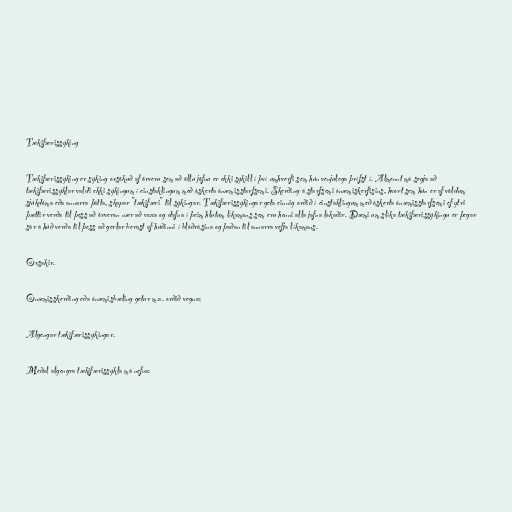
Tækifærissýking

Tækifærissýking er sýking orsökuð af örveru sem að öllu jöfnu er ekki sýkill í því umhverfi sem hún venjulega þrífst í. Almennt má segja að
tækifærissýklar valdi ekki sýkingum í einstaklingum með óskerta ónæmisstarfsemi. Skerðing á starfsemi ónæmiskerfisins, hvort sem hún er af völdum
sjúkdóma eða annarra þátta, skapar "tækifæri" til sýkingar. Tækifærissýkingar geta einnig orðið í einstaklingum með óskerta ónæmisstarfsemi ef ytri
þættir verða til þess að örveran nær að vaxa og dafna í þeim hlutum líkamans sem eru henni alla jafna lokaðir. Dæmi um slíka tækifærissýkingu er þegar
sár á húð verða til þess að gerlar berast af húðinni í blóðrásina og þaðan til annarra vefja líkamans.

Orsakir.

Ónæmisskerðing eða ónæmisbæling getur m.a. orðið vegna:

Algengar tækifærissýkingar.

Meðal algengra tækifærissýkla má nefna: